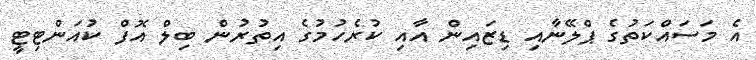
އެ މަސައްކަތުގެ ޕްލޭނާއި ޑިޒައިން އާއި ކުރެހުމުގެ އިތުރުން ބިލް އޮފް ކުއަންޓިޓީ